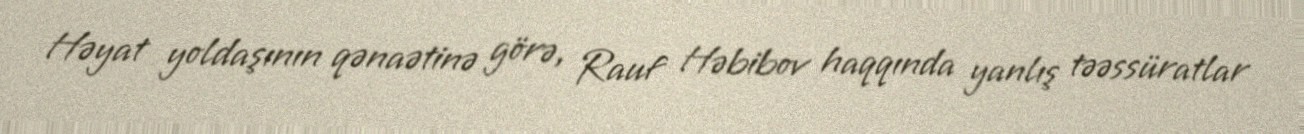
Həyat yoldaşının qənaətinə görə, Rauf Həbibov haqqında yanlış təəssüratlar